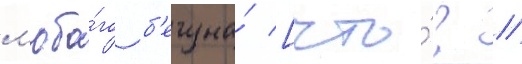
л'юбо́го б'егуна́ [что́? //